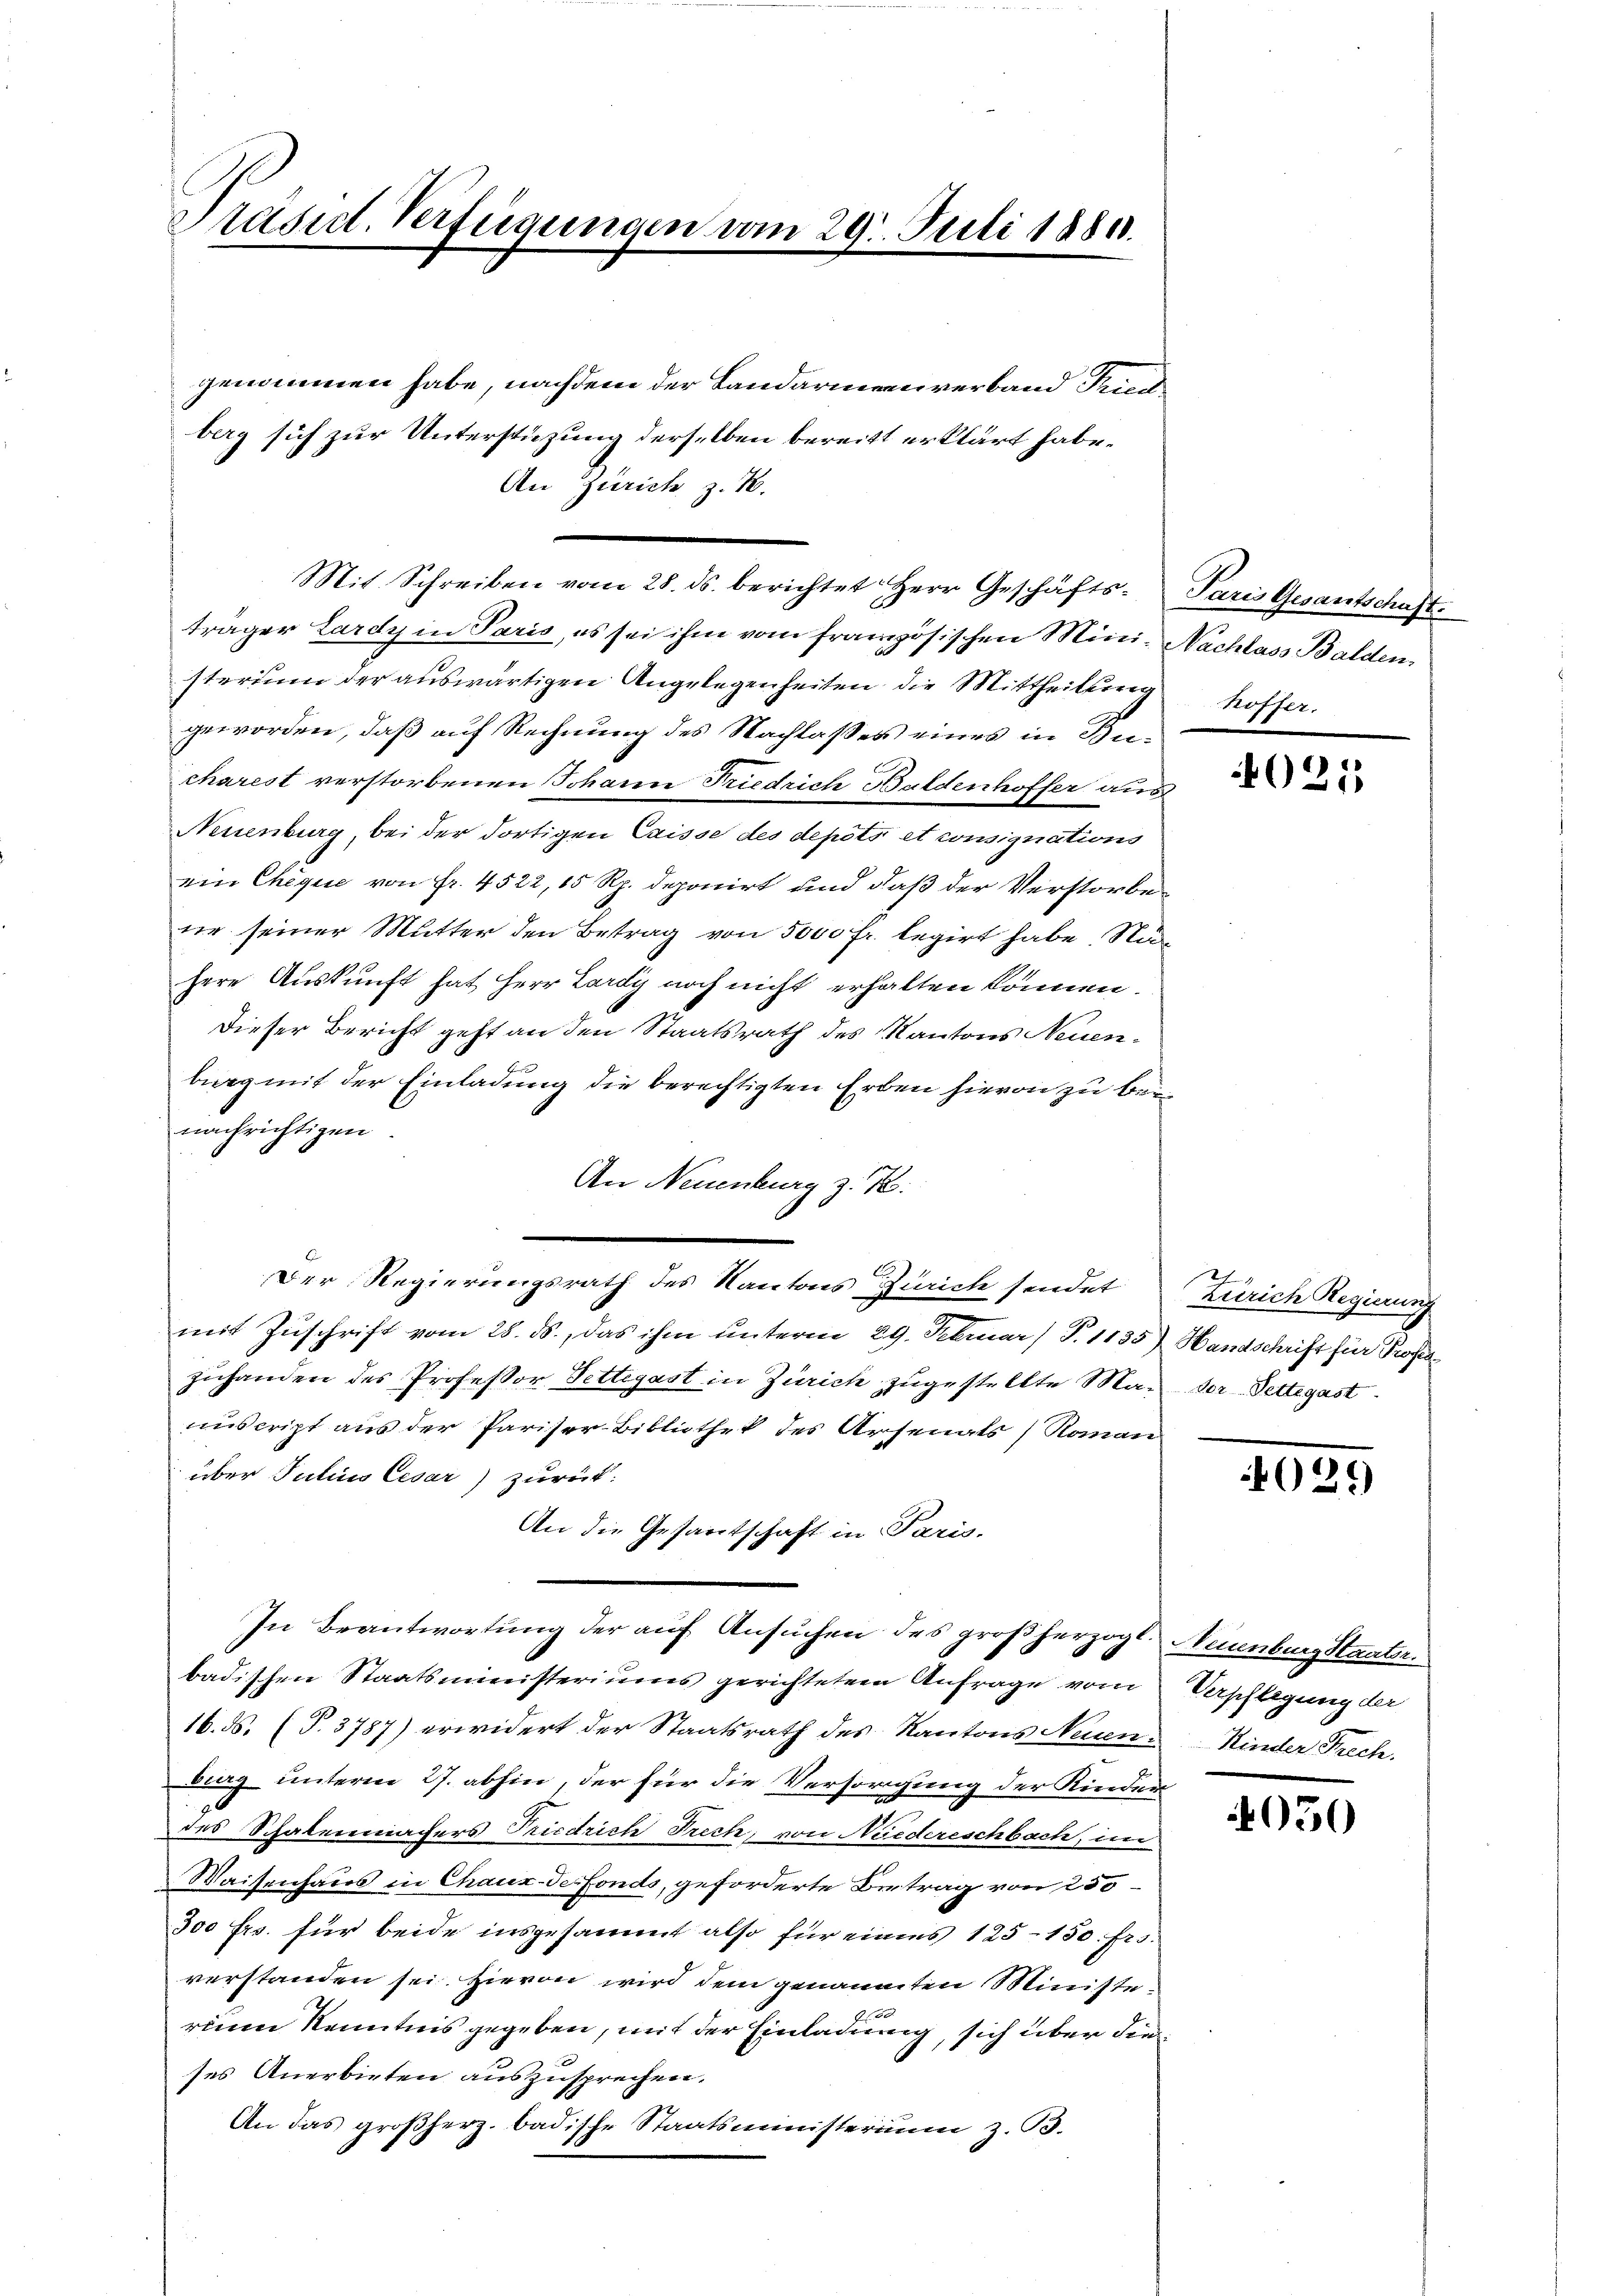
Präsid. Verfügungen vom 29. Juli 1884.

genommen habe, nachdem der Landarmeenverband Fried
berg sich zur Unterstüzung derselben bereitt erklärt habe.
An Zürich z. B.
träger Lardy in Paris, es sei ihm vom französischen Mini- Nachlass Balden
sterium der auswärtigen Angelegenheiten die Mittheilung hoffer.
geworden, daß auf Rechnung des Nachlasses eines in Bucharest verstorbenen Johann Friedrich Baldenhoffer aus
Neuenburg, bei der dortigen Caisse des depots et consignations
ein Cheque von Fr. 4522, 15 Rp. deponirt und daß der Verstorbe
sie seiner Mutter den Betrag von 5000 Fr. legirt habe Nähere Auskunft hat Herr Lardy noch nicht erhalten können.
Dieser Bericht geht an den Staatsrath des Kantons Neuenbing mit der Einladung die berechtigten Erben hievon zu bei
nachrichtigen
An Neuenburg z. T.
mit Zuschrift vom 28. ds., das ihm unterm 29. Februar) P. 1135
zuhanden des Professor Settegast in Zürich zugestellte Ma-
nuscript aus der Pariser Bibliothek des Arsenats Roman
über Julius Cesar) zurück:
An die Gesantschaft in Paris.
In Beantwortung der auf Ansuchen des großherzogt. Neuenburg Staatsr.
badischen Staatsministeriums gerichtetem Anfrage vom
16. ds. (T. 3787) erwidert der Staatsrath des Kantons Neuen Kinder Frech
burg unterm 27. abhin, der für die Versorgung der Kinder
des Schatenmachers Friedrich Frech, von Niedereschbach, im
Waisenhaus in Chaux-de-Fonds, geforderte Betrag von 250
300 frs. für beide insgesammt also für einens 125-150 frs.
verstanden sei. Hievon wird dem genannten Ministe¬

rium Kenntnis gegeben, mit der Einladung, sich über die
ses Anerbieten auszusprechen.
An das großherz. badische Staatsministerium z. B.

Mit Schreiben vom 28. ds. berichtet Herr Geschäfts¬

Der Regierungsrath des Kantons Zürich sendet

Paris Gesantschaft.

021

Zürich Regierung
Handschrift für Profess
dor-Pettegast.

025)

Verpflegung der

050